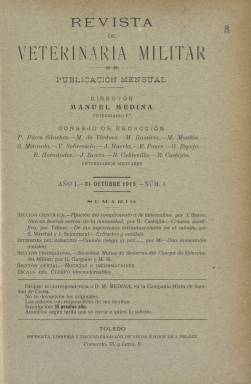
Título: Revista de veterinaria militar (Toledo)
Colección: Fuerzas armadas || Veterinaria
Ámbito geográfico: Toledo
Lugar de publicación: Toledo
Fechas: 31/10/1915-30/09/1920

Publicación profesional de periodicidad mensual que comenzó a publicarse en 1915 y concluyó en 1920. Nació en plena I Guerra Mundial, cuando todavía la caballería era un arma de los ejércitos, aunque en rápido retroceso, y se utilizaban animales, mulas sobre todo, para el transporte de los equipos y suministros.

  La revista, que fue el principal órgano de expresión del Cuerpo de Veterinaria Militar, tenía un número de páginas irregular en cada entrega, aunque 64 o 68 fue lo más habitual. A veces aumentó su paginación superando las 100 pero en estos casos normalmente se trataba de números bimestrales.

  Abría la publicación una sección científica dedicada a las enfermedades de los animales y su tratamiento, generalmente el caballo, el perro también con frecuencia, y continuaba con una sección oficial con información de interés para los miembros del Cuerpo de Veterinarios del Ejército, aunque también podía incluir noticias referentes al estamento militar en general. Dentro de la sección científica no faltaban artículos en los que se describía las razas caballares de diferentes lugares geográficos.

  La revista fue incluyendo gradualmente fotografías y gráficas estadísticas que ayudaban a la comprensión de los temas tratados además de hacer más amena la publicación. Las fotos de caballos son las más usuales.

   El director de la revista, Manuel Medina García, así como los miembros del Consejo de Redacción eran todos veterinarios militares. Aunque de corta duración, en los números de esta publicación se fueron recogiendo y recopilando los datos que sirvieron de base para ir creando una doctrina veterinaria de campo que años después dio como resultado la redacción del primer reglamento de campaña que contemplaba la asistencia veterinaria en los campos de batalla. Fue aprobado este reglamento en 1927.

  Manuel Medina, que había dirigido la revista, escribió ese mismo año de 1927 un libro titulado ‘Material de campaña para veterinaria militar’ en el que incluyó el material necesario para la dotación de las dotaciones veterinarias previstas en el nuevo reglamento.

  En su libro, Medina escribía entre otras cosas: ‘La experiencia de la guerra europea ha evidenciado que las inevitables pérdidas de ganado que una campaña trae como consecuencia aumentan, considerablemente, por necesidad de sacrificios inoportunos y por falta de tratamiento adecuado de enfermos curables, cuando la falta de medios materiales imposibilita de poner en práctica las indicaciones que conducirían a un resultado favorable’.

  Para más información de la revista, de su director y de este cuerpo del ejercito puede consultarse on line el artículo publicado en 2014 por el general veterinario Luis Ángel Moreno Fernández-Caparrós, titulado ‘Historia de la Veterinaria Militar Española. Los materiales de campaña’.

[Descripción publicada el 17/08/2022]